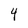
Character: 4